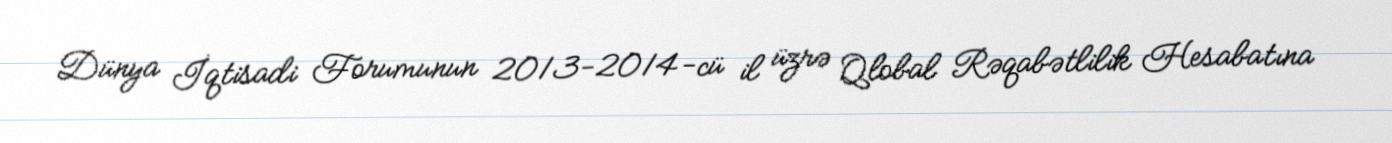
Dünya İqtisadi Forumunun 2013-2014-cü il üzrə Qlobal Rəqabətlilik Hesabatına